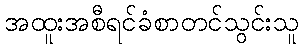
အထူးအစီရင်ခံစာတင်သွင်းသူ